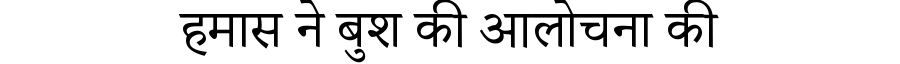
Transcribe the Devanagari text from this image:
हमास ने बुश की आलोचना की